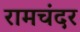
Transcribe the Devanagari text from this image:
रामचंदर